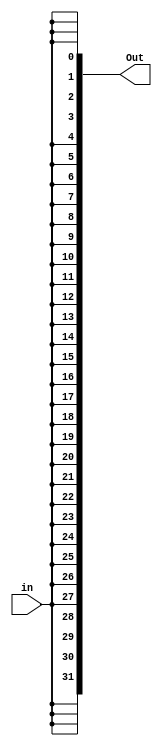
module thirty_two_bit_splitter(in, Out);

	parameter SIZE = 32;
	input in;
	
	
	output [SIZE-1:0] Out;
	assign Out[0] = in;
	assign Out[1] = in;
	assign Out[2] = in;
	assign Out[3] = in;
	assign Out[4] = in;
	assign Out[5] = in;
	assign Out[6] = in;
	assign Out[7] = in;
	assign Out[8] = in;
	assign Out[9] = in;
	assign Out[10] = in;
	assign Out[11] = in;
	assign Out[12] = in;
	assign Out[13] = in;
	assign Out[14] = in;
	assign Out[15] = in;
	assign Out[16] = in;
	assign Out[17] = in;
	assign Out[18] = in;
	assign Out[19] = in;
	assign Out[20] = in;
	assign Out[21] = in;
	assign Out[22] = in;
	assign Out[23] = in;
	assign Out[24] = in;
	assign Out[25] = in;
	assign Out[26] = in;
	assign Out[27] = in;
	assign Out[28] = in;
	assign Out[29] = in;
	assign Out[30] = in;
	assign Out[31] = in;

endmodule